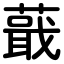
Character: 蕺